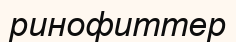
ринофиттер